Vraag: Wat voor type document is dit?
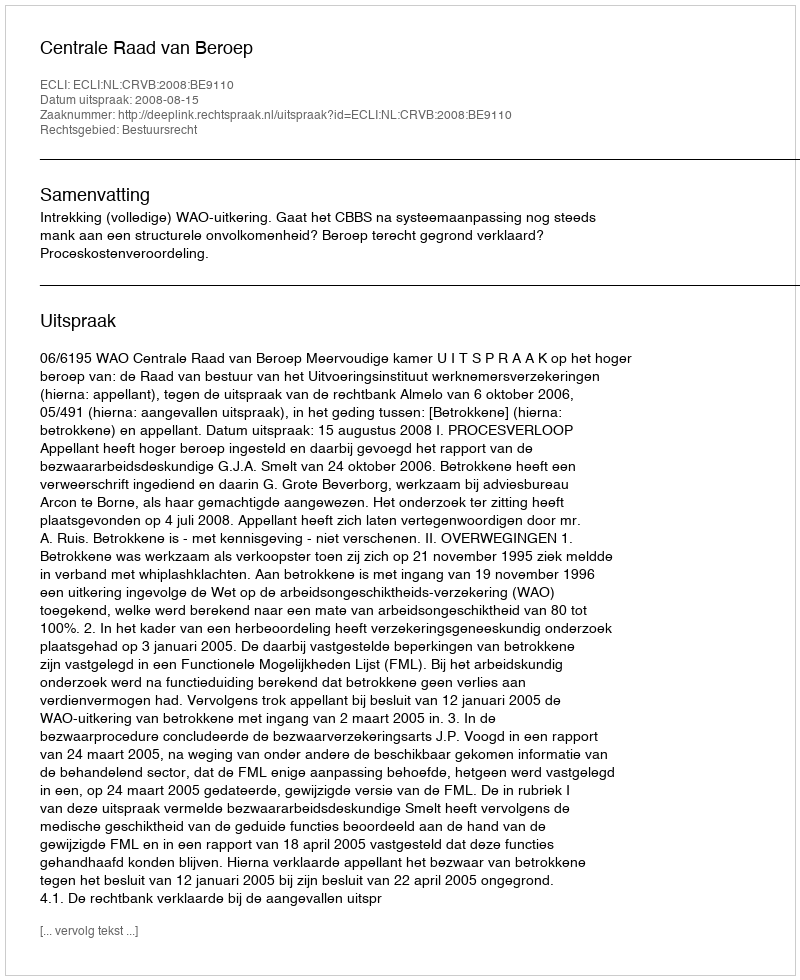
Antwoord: Uitspraak